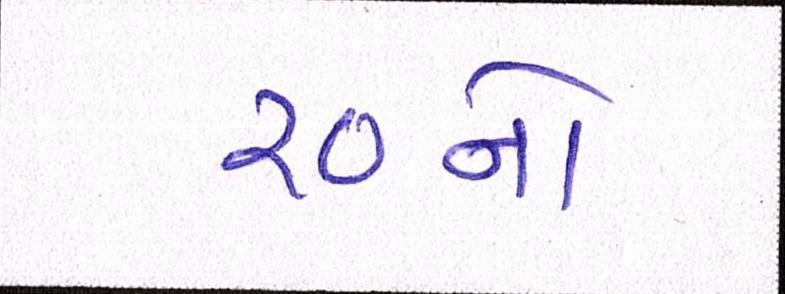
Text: ૨૦નો